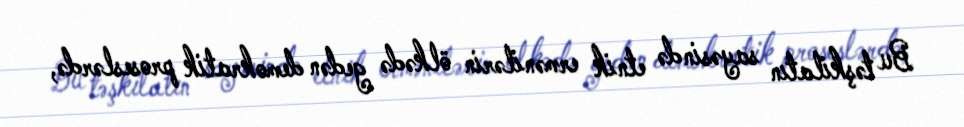
Bu təşkilatın sayəsində etnik ermənilərin ölkədə gedən demokratik proseslərdə,